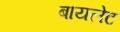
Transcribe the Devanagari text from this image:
बायलेट